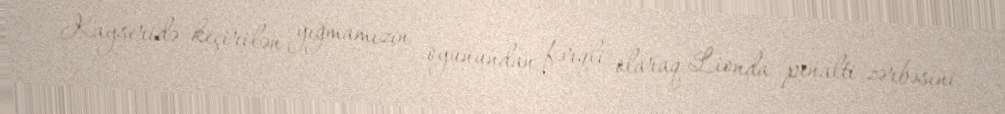
Kayseridə keçirilən yığmamızın oyunundan fərqli olaraq Lionda penalti zərbəsini